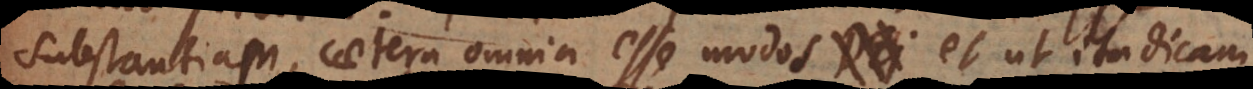
substantiam, caetera omnia esse modos, et ut ita dicam